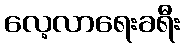
လေ့လာရေးခရီး